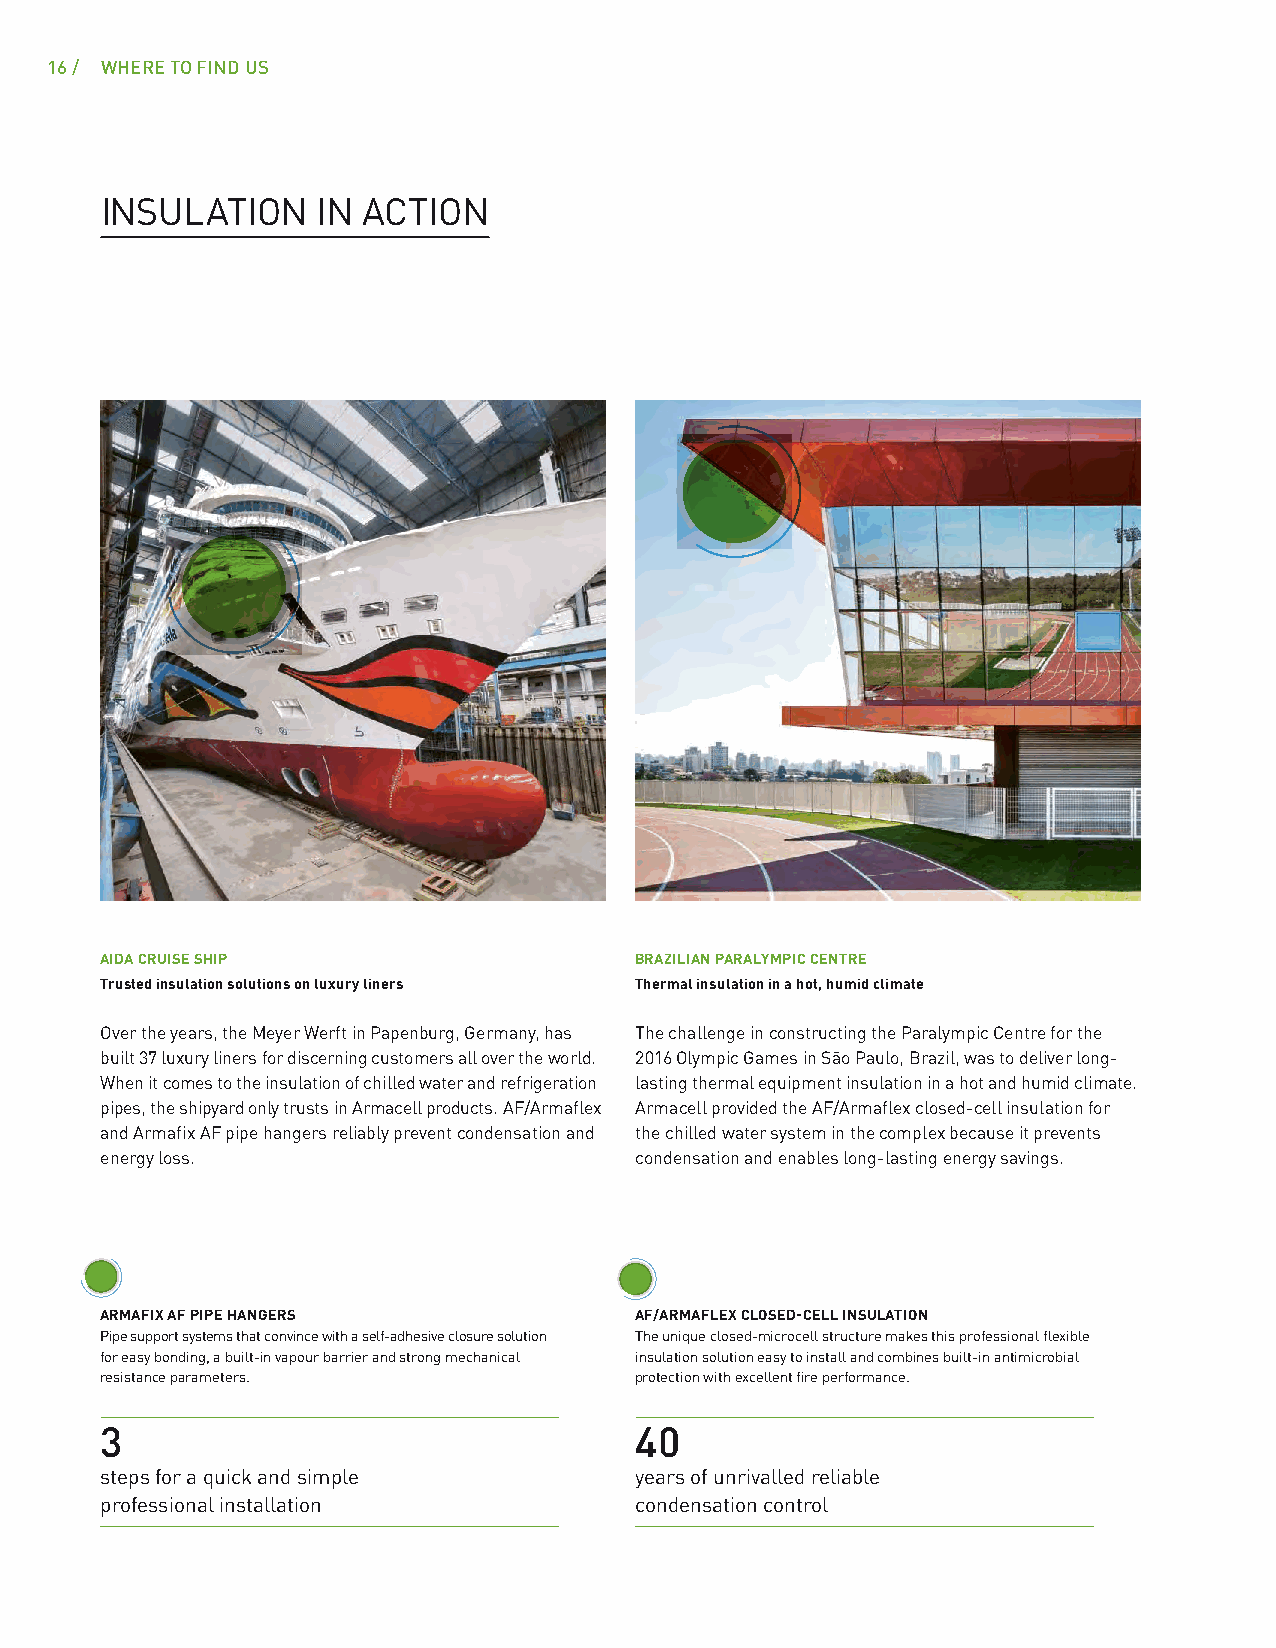
16 / WHERE TO FIND US
 INSULATION    IN ACTION
 AIDA CRUISE SHIP                   BRAZILIAN PARALYMPIC CENTRE
 Trusted insulation solutions on luxury liners Thermal insulation in a hot, humid climate
 Over the years, the Meyer Werft in Papenburg, Germany, has The challenge in constructing the Paralympic Centre for the
 built 37 luxury liners for discerning customers all over the world. 2016 Olympic Games in São Paulo, Brazil, was to deliver long-
 When it comes to the insulation of chilled water and refrigeration lasting thermal equipment insulation in a hot and humid climate.
 pipes, the shipyard only trusts in Armacell products. AF/Armaflex Armacell provided the AF/Armaflex closed-cell insulation for
 and Armafix AF pipe hangers reliably prevent condensation and the chilled water system in the complex because it prevents
 energy loss.                       condensation and enables long-lasting energy savings.
 ARMAFIX AF PIPE HANGERS            AF/ARMAFLEX CLOSED-CELL INSULATION
 Pipe support systems that convince with a self-adhesive closure solution The unique closed-microcell structure makes this professional flexible
 for easy bonding, a built-in vapour barrier and strong mechanical insulation solution easy to install and combines built-in antimicrobial
 resistance parameters.             protection with excellent fire performance.
 3                                  40
 steps for a quick and simple       years of unrivalled reliable
 professional installation          condensation control